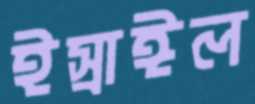
ইস্রাঈল